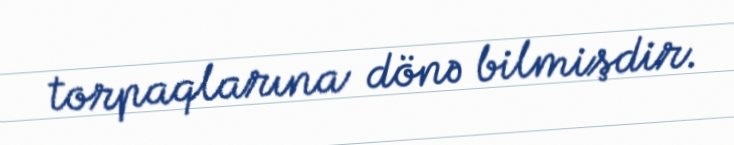
torpaqlarına dönə bilmişdir.